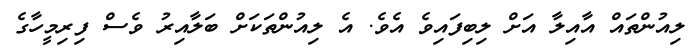
ލިއުންތައް އާއިލާ އަށް ލިބިފައިވެ އެވެ. އެ ލިއުންތަކަށް ބަލާއިރު ވެސް ފިރިމީހާގެ